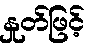
နှုတ်ဖြင့်